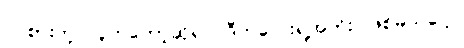
ဝင်စားတဲ့ လူကတော့ဆိုရင် ဒီကလေးရဲ့အဘိုး ဖြစ်မယ်ပေါ့။